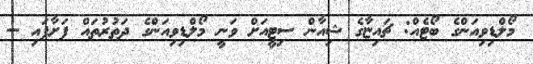
މޯލްޑިވިއަންގެ ބޯޓެއް: ޗައިޏާގެ ޝިއާން ސިޓީއަށް ވަނީ މޯލްޑިވިއަންގެ ދަތުރުތައް ފަށާފައި --